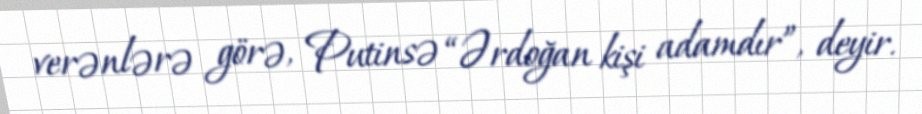
verənlərə görə, Putinsə “Ərdoğan kişi adamdır”, deyir.